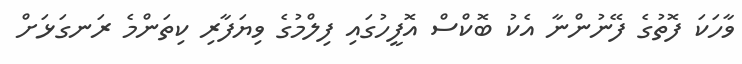
ވާހަކަ ފޮތުގެ ފޭނުންނާ އެކު ބޮކްސް އޮފީހުގައި ފިލްމުގެ ވިޔަފާރި ކިތަންމެ ރަނގަޅަށް